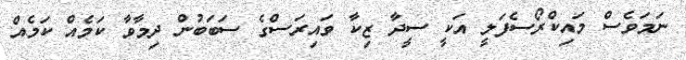
ނަމަވެސް މައިކްރޯސެފަލީ އަކީ ސީދާ ޒިކާ ވައިރަސްގެ ސަބަބުން ދިމާވާ ކަމެއް ކަމެއް